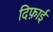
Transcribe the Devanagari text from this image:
दिफ़ाई